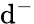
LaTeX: \mathrm{d}^{-}